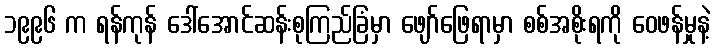
၁၉၉၆ က ရန်ကုန် ဒေါ်အောင်ဆန်းစုကြည်ခြံမှာ ဖျော်ဖြေရာမှာ စစ်အစိုးရကို ဝေဖန်မှုနဲ့